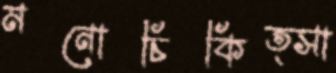
মনোচিকিত্সা